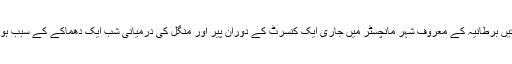
یہ ہلاکتیں برطانیہ کے معروف شہر مانچسٹر میں جاری ایک کنسرٹ کے دوران پیر اور منگل کی درمیانی شب ایک دھماکے کے سبب ہوئی ہیں۔